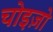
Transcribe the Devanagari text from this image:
चोइज़ो